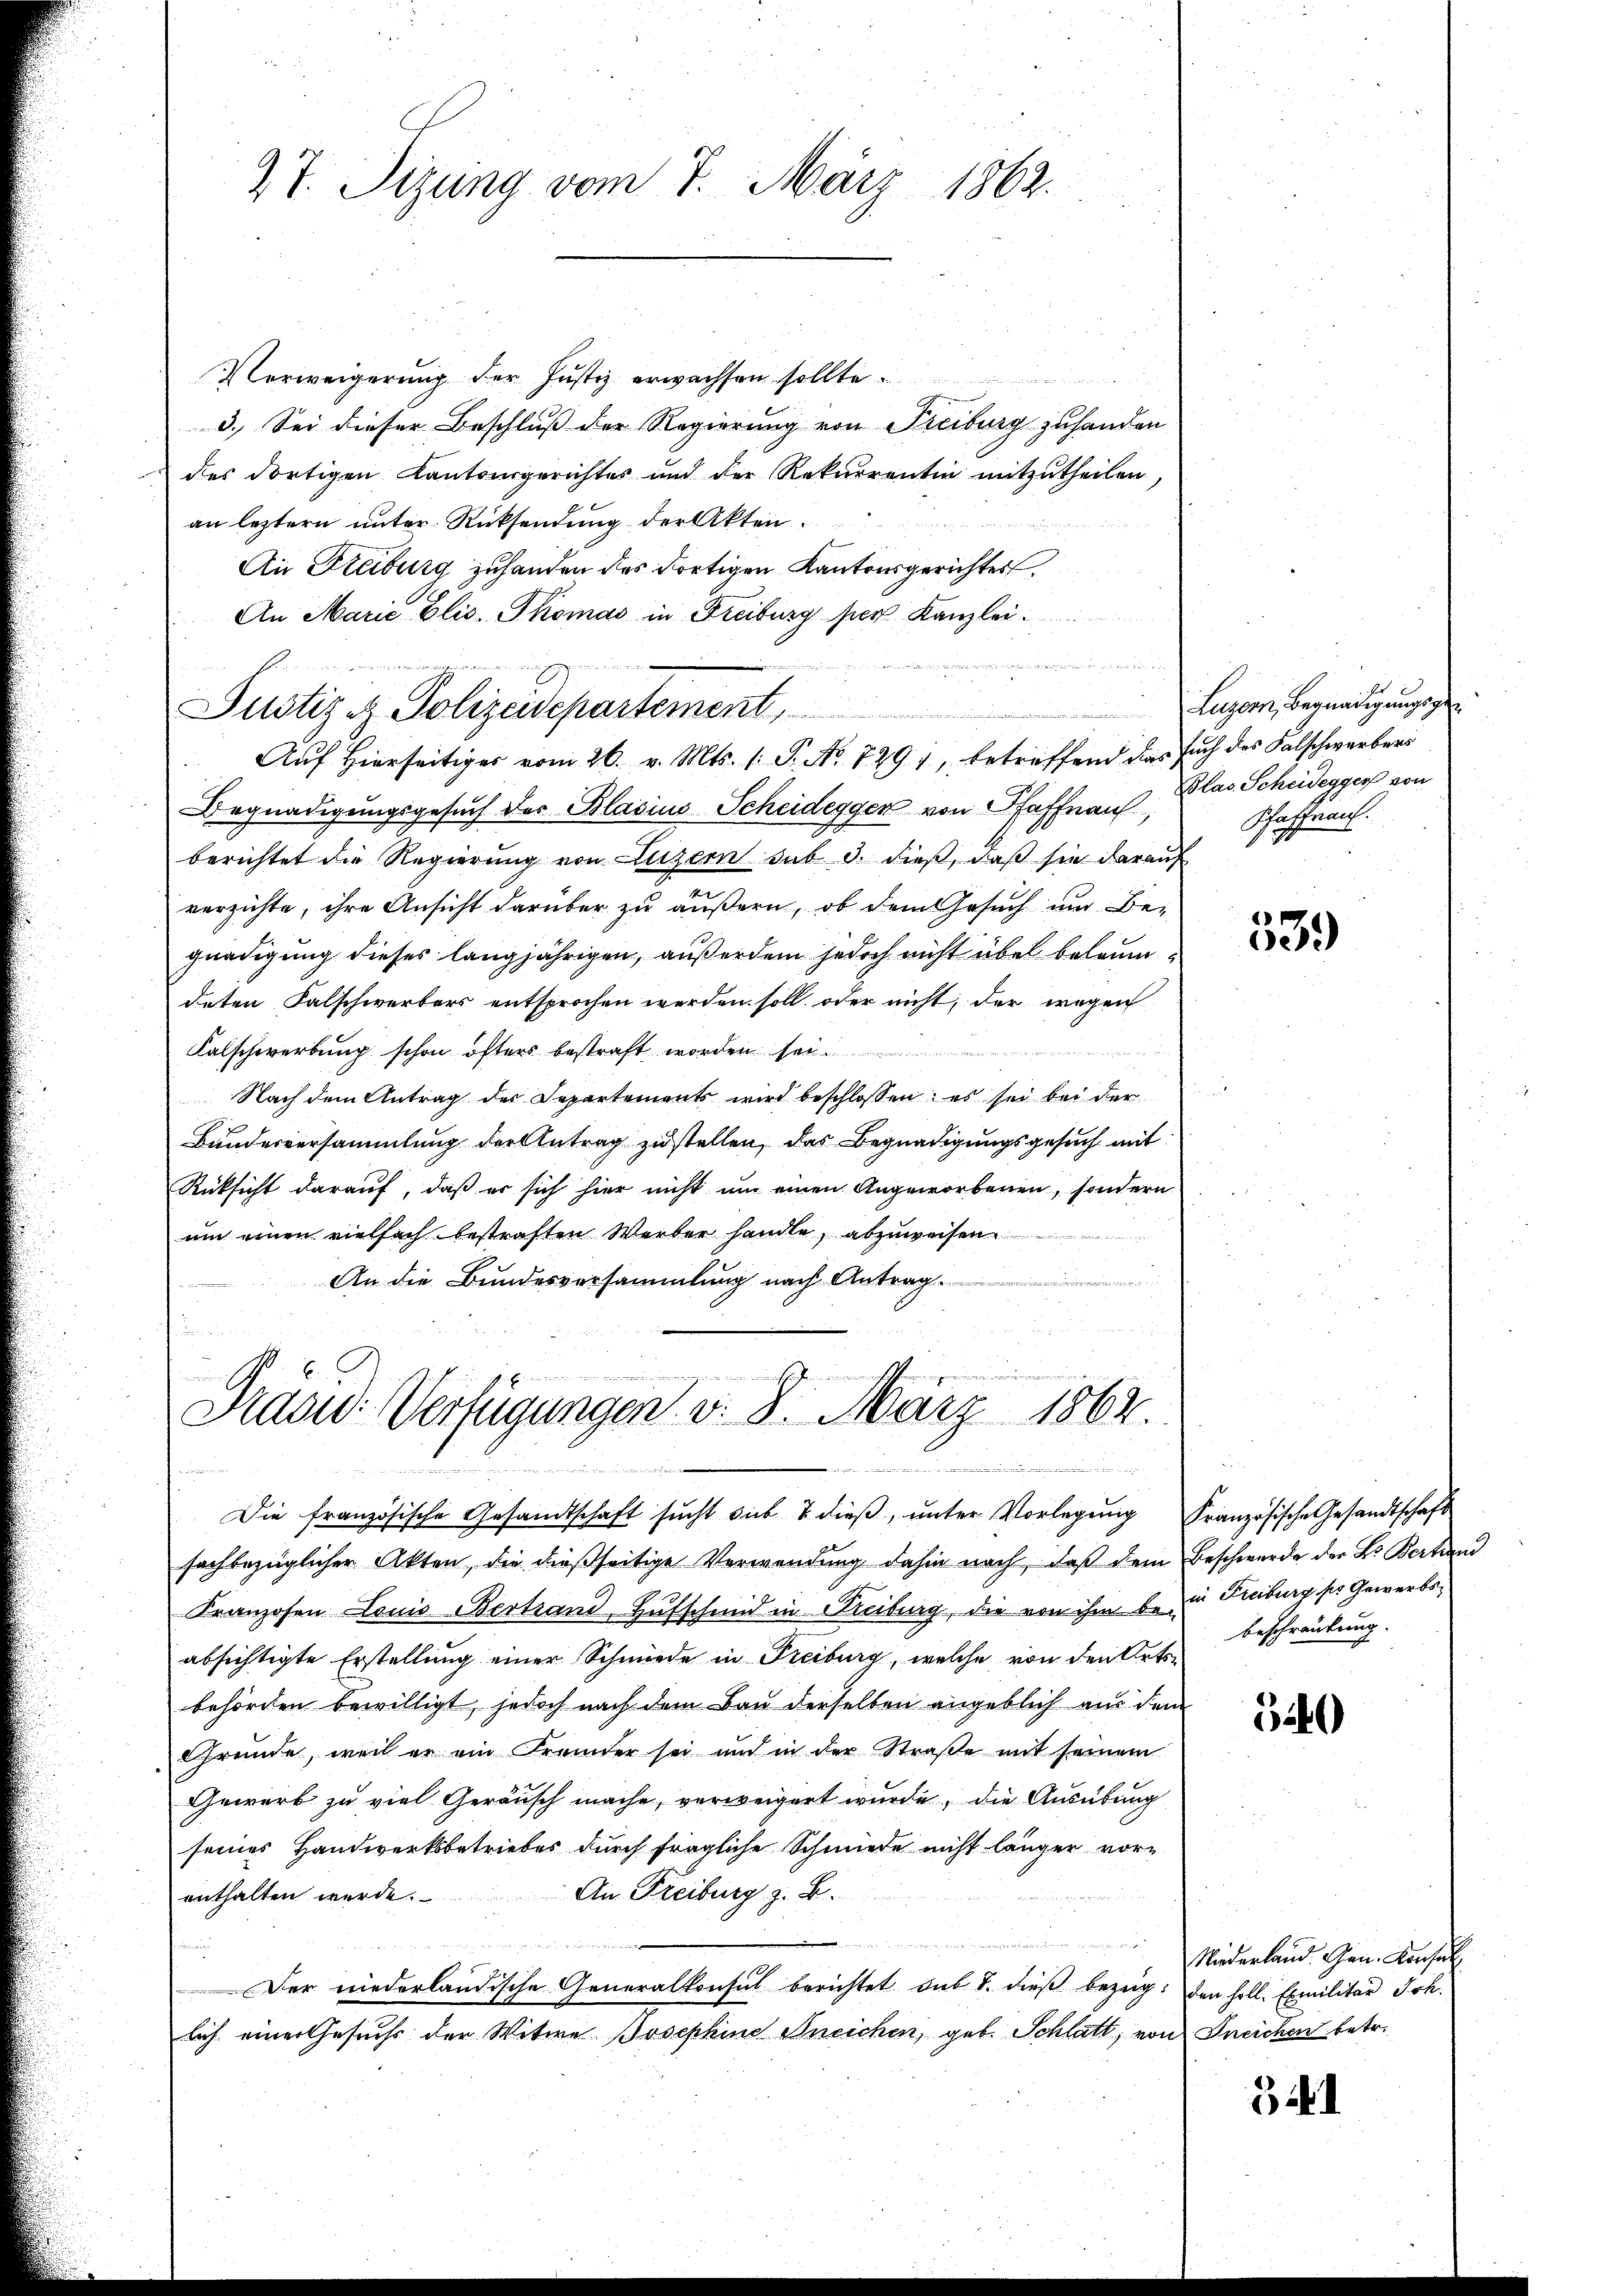
27. Sizung vom 7. März 1862.

Verweigerung der Justiz erwachsen sollte.
w
3. Sei dieser Beschluß der Regierung von Freiburg zuhanden
des dortigen Kantonsgerichtes und der Rekŭrrentin mitzŭtheilen,
an letztern unter Rücksendung der Akten.
An Freiburg zu handen des dortigen Kantonsgerichter
An Marie Elis. Thomas in Freiburg hier Kanzlei-
de mir es der
Begnadigungsgesuch des Blasius Scheidegger von Pfaffnau Blas. Scheidegger von
berichtet die Regierung von Luzern sub 3. dieß, daß sie darauf
u
verzichte, ihre Ansicht darüber zu äußern, ob dem Gesuch um Be-
gnadigung dieses langjährigen, außerdem jedoch nicht übel belaum
deten Falschwerbers entsprochen werden soll, oder nicht, der wegen
Falschwerbung schon öfters bestraft worden se
Nach dem Antrag des Departements wird beschlossen; es sei bei der
Bundesversammlung der Antrag zustellen, das Begnadigungsgesuch mit
Rücksicht darauf, daß er sich hier nicht um einen Angeworbenen, sondern
um einen vielfach bestraften Werber handle, abzuweisen.
An die Bundesversammlung nach Antrag.
u
zire in meindertschehen, einer hoffe

Pustiz & Polizeidepartement,

Aŭf Hierseitiger vom 26. v. Mts. s. S. Nr. 7291, betreffend das such des Falschwerbers

Draad: Verfügungen d. 3. März 1862.
u
uniori meinter in zu tödten

Die französische Gesandtschaft sucht die 7 dieβ, ŭnter Vorlegung Französische Gesandtschaft
fachbezüglicher Akten, die dießseitige Verwendung dahin nach, daß dem Beschwerde der L. Bertrand
Franzosen Louis Bertrand Hufschmid in Freiburg, die von ihm bein Freiburg ser Gewerbsabsichtigte Erstellung einer Schmiede in Freiburg, welche von den Ortsbehörden bewilligt, jedoch nach dem Bau derselben angeblich aus dem
Gründe, weil er ein Fremder sei und in der Straße mit seinem
Gewerb zu viel Geräusch mache, verweigert wurde, die Ausübung
seines Handwerksbetriebes durch fragliche Schmiede nicht länger vorenthalten werde. An Freiburg z. B.

u
Der niederländische Generalkonsul berichtet sub 1. dieß bezeig: den holl. Exmilitär Joh.
lich einer Gesuchs der Witwe Josephine Aneichen, geb. Schlatt, von Ineichen betr.

Luzern, begnadigungsge
Pfaffrau.

539

beschränkung.

54)

Niederland. Gen. Konsul

3 i